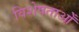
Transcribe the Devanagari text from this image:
विशेषताओँ